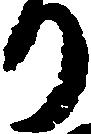
り